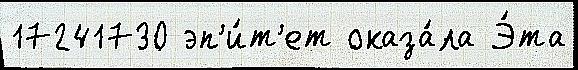
17241730 эп'и́т'ет оказа́ла Э́та